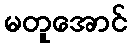
မတူအောင်